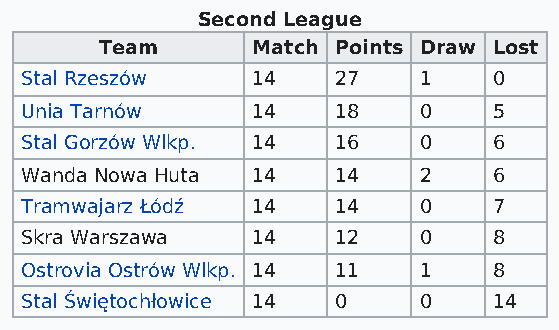
Second League
 Team      Match Points Draw Lost
 Stal Rzeszów    14   27    1    0
 Unia Tarnów     14   18    0    5
 Stal Gorzów Wlkp. 14 16    0    6
 Wanda Nowa Huta 14   14    2    6
 Tramwajarz Łódź 14   14    0    7
 Skra Warszawa   14   12    0    8
 Ostrovia Ostrów Wlkp. 14 11 1   8
 Stal Świętochłowice 14 0   0    14